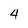
Character: 4